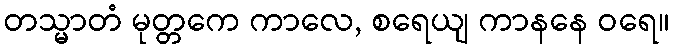
တသ္မာတံ မုတ္တကေ ကာလေ, စရေယျ ကာနနေ ဝရေ။